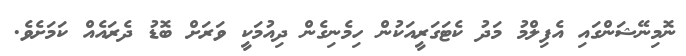
ނޮމިނޭޝަންގައި އެފިލްމު މަދު ކެޓަގަރީއަކުން ހިމެނިގެން ދިއުމަކީ ވަރަށް ބޮޑު ދެރައެއް ކަމަށެވެ.